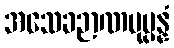
အသေခဉာဏမုပ္ပန္နံ